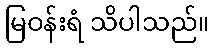
မြဝန်းရံ သိပါသည်။